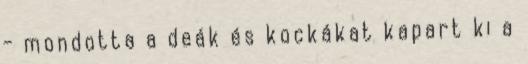
- mondotta a deák és kockákat kapart ki a